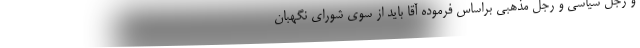
و رجل سیاسی و رجل مذهبی براساس فرموده آقا باید از سوی شورای نگهبان